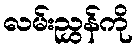
လမ်းညွှန်ကို